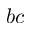
b c